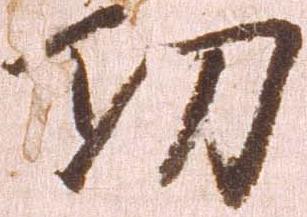
功